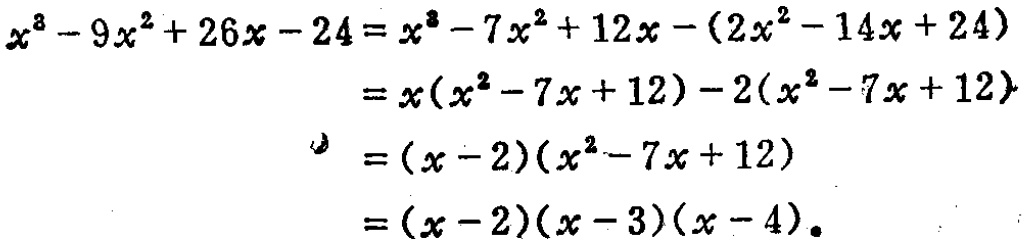
\[
\begin{align*}
x^{3}-9x^{2}+26x - 24&=x^{3}-7x^{2}+12x-(2x^{2}-14x + 24)\\
&=x(x^{2}-7x + 12)-2(x^{2}-7x + 12)\\
&=(x - 2)(x^{2}-7x + 12)\\
&=(x - 2)(x - 3)(x - 4)
\end{align*}
\]